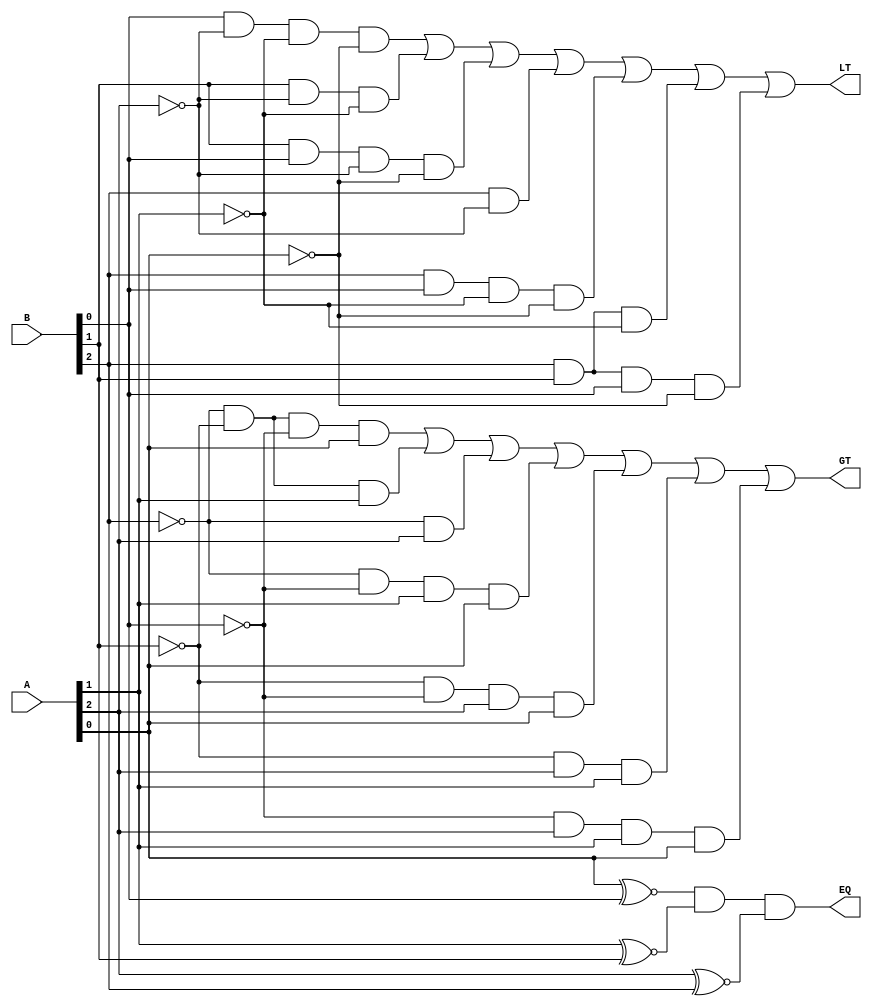
module three_bit_comparator
(
  input [2:0] A,
  input [2:0] B,
  output GT,
  output LT,
  output EQ
);

  assign GT = (~B[2] & ~B[1] & ~B[0] & A[0]) | (~B[2] & ~B[1] & A[1]) | (~B[2] & A[2]) | (~B[2] & ~B[0] & A[1] & A[0]) | (~B[1] & ~B[0] & A[2] & A[0]) | (~B[1] & A[2] & A[1]) | (~B[0] & A[2] & A[1] & A[0]);
  assign LT = (B[0] & ~A[2] & ~A[1] & ~A[0]) | (B[1] & ~A[2] & ~A[1]) | (B[1] & B[0] & ~A[2] & ~A[0]) | (B[2] & ~A[2]) | (B[2] & B[0] & ~A[1] & ~A[0]) | (B[2] & B[1] & ~A[1]) | (B[2] & B[1] & B[0] & ~A[0]);
  assign EQ = (A[0] ^~ B[0]) & (A[1] ^~ B[1]) & (A[2] ^~ B[2]);
endmodule